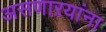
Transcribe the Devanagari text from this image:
असणाऱयांना